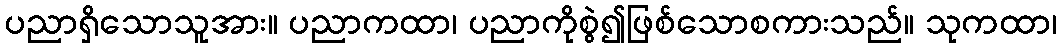
ပညာရှိသောသူအား။ ပညာကထာ၊ ပညာကိုစွဲ၍ဖြစ်သောစကားသည်။ သုကထာ၊